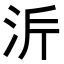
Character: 𭰂